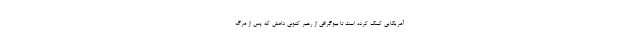
آمریکایی کمک کرده است تا بیوگرافی از رهبر کنونی داعش که پس از مرگ